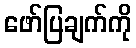
ဖော်ပြချက်ကို